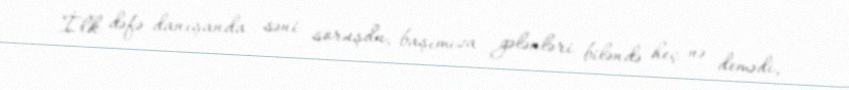
İlk dəfə danışanda səni soruşdu, başımıza gələnləri biləndə heç nə demədi,